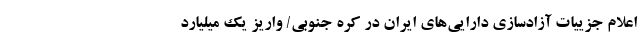
اعلام جزییات آزادسازی دارایی‌های ایران در کره جنوبی/ واریز یک میلیارد